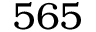
5 6 5